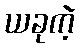
ယခုကဲ့